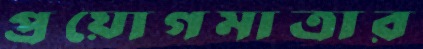
প্রয়োগমাত্রার